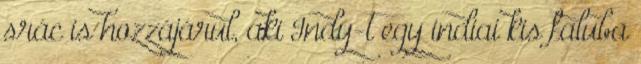
srác is hozzájárul, aki Indy-t egy indiai kis faluba